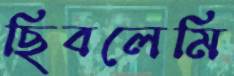
ছিবলেমি